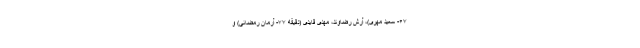
۶۷- سعید مهری)، آرش رضاوند، مهدی قایدی (دقیقه ۷۷- آرمان رمضانی) و